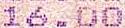
16.00